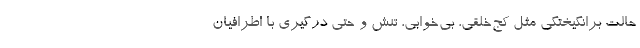
حالت برانگیختگی مثل کج‌خلقی، بی‌خوابی، تنش و حتی درگیری با اطرافیان